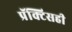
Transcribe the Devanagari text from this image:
प्रॅक्टिसही